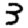
Digit: 3